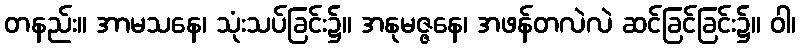
တနည်း။ အာမသနေ၊ သုံးသပ်ခြင်း၌။ အနုမဇ္ဇနေ၊ အဖန်တလဲလဲ ဆင်ခြင်ခြင်း၌။ ဝါ၊